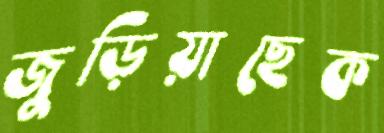
জুড়িয়াছেক